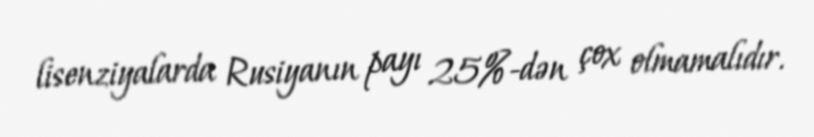
lisenziyalarda Rusiyanın payı 25%-dən çox olmamalıdır.